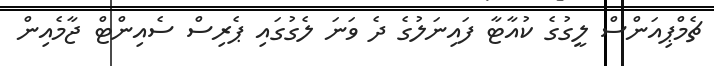
ޗެމްޕިއަންސް ލީގުގެ ކުއާޓާ ފައިނަލުގެ ދެ ވަނަ ލެގުގައި ޕެރިސް ސެއިންޓް ޖާމެއިން